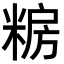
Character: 𮇫